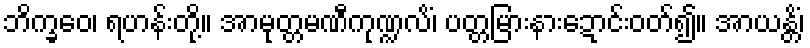
ဘိက္ခဝေ၊ ရဟန်းတို့။ အာမုတ္တမဏီကုဏ္ဍလိံ၊ ပတ္တမြားနားဍောင်းဝတ်၍။ အာယန္တိံ၊